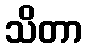
သိတာ